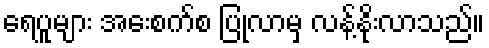
ရေပူများ အေးစက်စ ပြုလာမှ လန့်နိုးလာသည်။